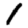
Digit: 1